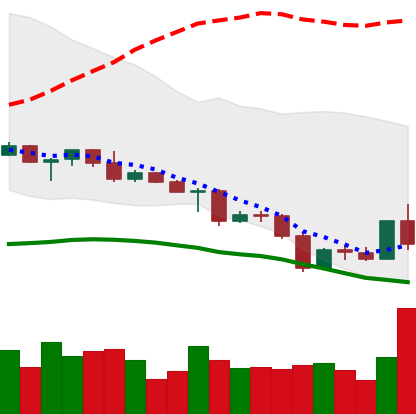
Ticker: ETC-USD
Chart end date: 2022-05-05
Forward return: -15.696%
Label: down_7plus